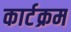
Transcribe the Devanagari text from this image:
कार्टक्रम